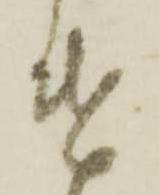
遣